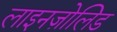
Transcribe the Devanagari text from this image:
लाइनज़ोलिड